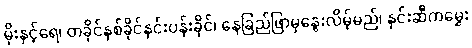
မိုးနှင့်ရေ၊ တခိုင်နှစ်ခိုင်နှင်းပန်းခိုင်၊ နေခြည်ဖြာမှနွေးလိမ့်မည်၊ နှင်းဆီကမွှေး